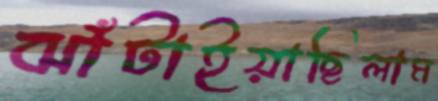
ঝাঁটাইয়াছিলাম